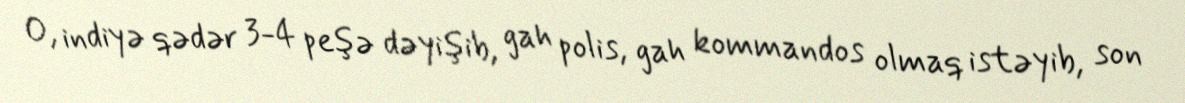
O, indiyə qədər 3-4 peşə dəyişib, gah polis, gah kommandos olmaq istəyib, son